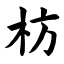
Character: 枋